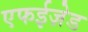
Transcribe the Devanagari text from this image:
एफईज़ेड